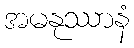
အမနုဿာနံ